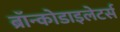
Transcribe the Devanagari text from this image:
ब्रॉन्कोडाइलेटर्स